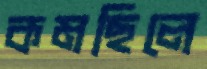
কমছিলে